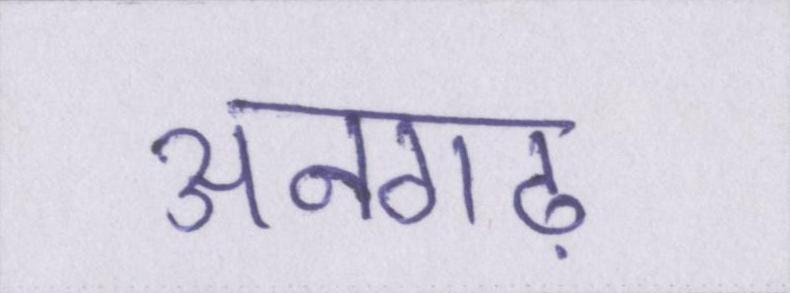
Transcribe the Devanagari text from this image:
अनगढ़